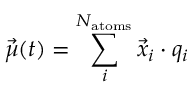
\vec { \mu } ( t ) = \sum _ { i } ^ { N _ { \mathrm { a t o m s } } } \vec { x } _ { i } \cdot q _ { i }